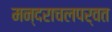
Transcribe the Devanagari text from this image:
मन्दराचलपर्वत